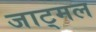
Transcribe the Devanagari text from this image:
जाट्मल